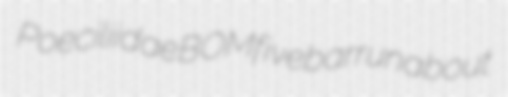
Poeciliidae BOM fivebar runabout